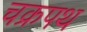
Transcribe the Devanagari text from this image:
चक्रपथ